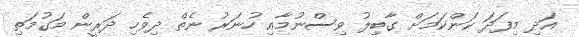
އަދި މިފަދަ ކަންކަމަށް ގާބިލު ވިސްނުމާއި ހުނަރު ނެތް ދިވެހި ދަރީން މަގުމަތި